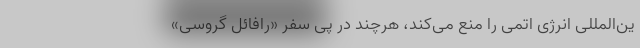
ین‌المللی انرژی اتمی را منع می‌کند، هرچند در پی سفر «رافائل گروسی»